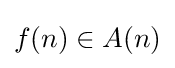
f(n)\in A(n)